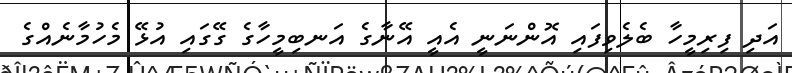
އަދި ފިރިމީހާ ބެލެވިފައި އޮންނަނީ އެއީ އޭނާގެ އަނބިމީހާގެ ގޭގައި އުޅޭ މެހުމާނެއްގެ